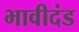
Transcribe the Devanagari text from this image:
भावीदंड